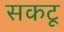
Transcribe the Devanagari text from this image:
सकटू